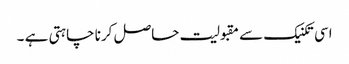
اسی تکنیک سے مقبولیت حاصل کرنا چاہتی ہے ۔